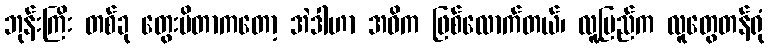
ဘုန်းကြိး တစ်ခု တွေးမိတာကတော့ အဲဒါဟာ အဓိက ဖြစ်လောက်တယ်၊ လူ့ပြည်က လူတွေတန်ရုံ